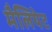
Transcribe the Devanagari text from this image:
मैलियेट